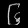
Digit: ၆